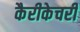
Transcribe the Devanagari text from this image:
कैरीकेचरी